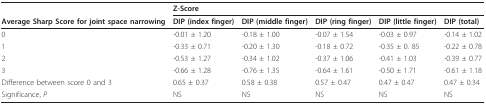
<table><thead><tr><td></td><td colspan="5"><b>Z-Score</b></td></tr><tr><td><b>Average Sharp Score for joint space narrowing</b></td><td><b>DIP (index finger)</b></td><td><b>DIP (middle finger)</b></td><td><b>DIP (ring finger)</b></td><td><b>DIP (little finger)</b></td><td><b>DIP (total)</b></td></tr></thead><tbody><tr><td>0</td><td>-0.01 ± 1.20</td><td>-0.18 ± 1.00</td><td>-0.07 ± 1.54</td><td>-0.03 ± 0.97</td><td>-0.14 ± 1.02</td></tr><tr><td>1</td><td>-0.33 ± 0.71</td><td>-0.20 ± 1.30</td><td>-0.18 ± 0.72</td><td>-0.35 ± 0. 85</td><td>-0.22 ± 0.78</td></tr><tr><td>2</td><td>-0.53 ± 1.27</td><td>-0.34 ± 1.02</td><td>-0.37 ± 1.06</td><td>-0.41 ± 1.03</td><td>-0.39 ± 0.77</td></tr><tr><td>3</td><td>-0.66 ± 1.28</td><td>-0.76 ± 1.35</td><td>-0.64 ± 1.61</td><td>-0.50 ± 1.71</td><td>-0.61 ± 1.18</td></tr><tr><td>Difference between score 0 and 3</td><td>0.65 ± 0.37</td><td>0.58 ± 0.38</td><td>0.57 ± 0.47</td><td>0.47 ± 0.47</td><td>0.47 ± 0.34</td></tr><tr><td>Significance, <i>P</i></td><td>NS</td><td>NS</td><td>NS</td><td>NS</td><td>NS</td></tr></tbody></table>